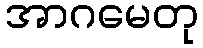
အာဂမေတု